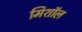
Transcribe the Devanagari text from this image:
मिशॉल